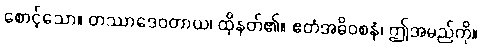
စောင့်သော။ တဿာဒေဝတာယ၊ ထိုနတ်၏။ ဧတံအဓိဝစနံ၊ ဤအမည်ကို။